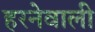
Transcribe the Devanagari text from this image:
हरनेवाली